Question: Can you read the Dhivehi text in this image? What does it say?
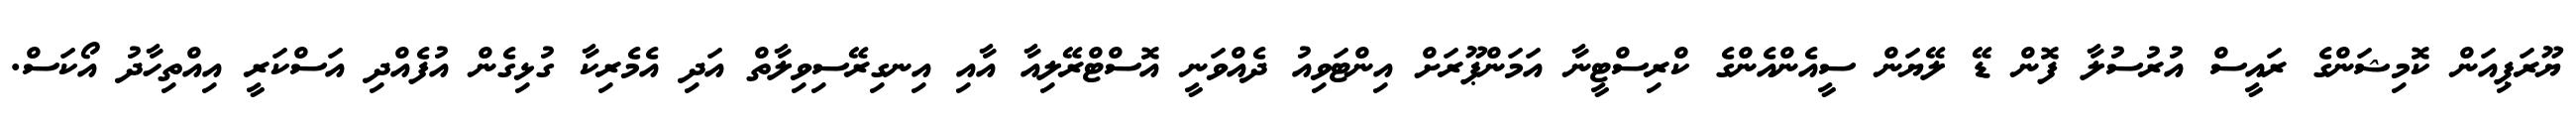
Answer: ޔޫރަޕިއަން ކޮމިޝަންގެ ރައީސް އުރުސުލާ ފޮން ޑޭ ލޭޔަން ސީއެންއެންގެ ކްރިސްޓީނާ އަމަންޕޫރަށް އިންޓަވިއު ދެއްވަނީ އޮސްޓްރޭލިއާ އާއި އިނގިރޭސިވިލާތް އަދި އެމެރިކާ ގުޅިގެން އުފެއްދި އަސްކަރީ އިއްތިހާދު އޯކަސް.